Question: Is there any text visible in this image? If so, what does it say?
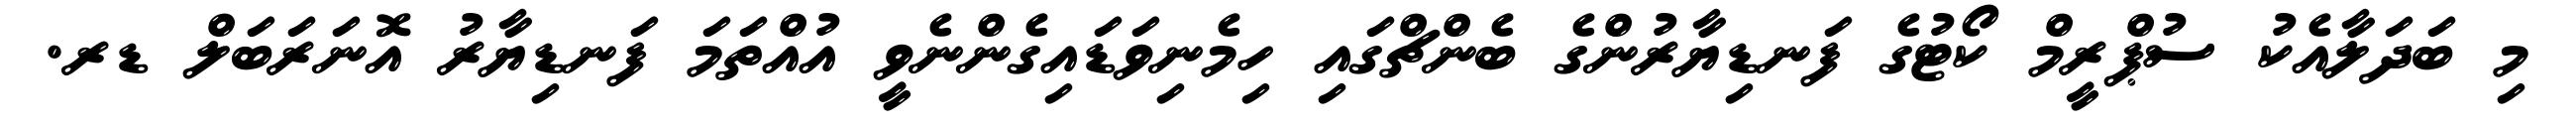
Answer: މި ބަދަލާއެކު ސުޕްރީމް ކޯޓުގެ ފަނޑިޔާރުންގެ ބެންޗްގައި ހިމެނިވަޑައިގެންނެވީ އުއްތަމަ ފަނޑިޔާރު އޮނަރަބަލް ޑރ.